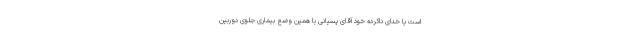
است یا خدای ناکرده خود آقای پسیانی با همین وضع بیماری جلوی دوربین